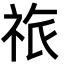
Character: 祣